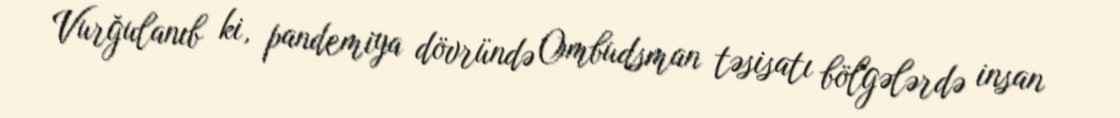
Vurğulanıb ki, pandemiya dövründə Ombudsman təsisatı bölgələrdə insan